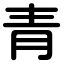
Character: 青